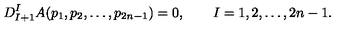
D _ { I + 1 } ^ { I } A ( p _ { 1 } , p _ { 2 } , \ldots , p _ { 2 n - 1 } ) = 0 , \qquad I = 1 , 2 , \ldots , 2 n - 1 .